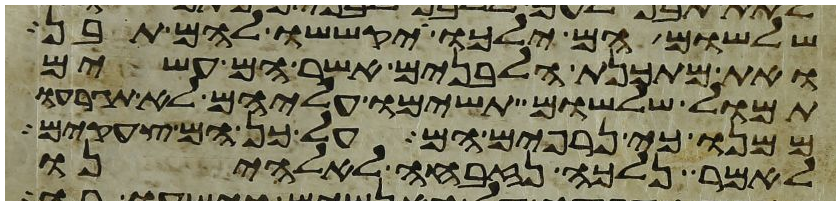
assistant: שלשום הם ילכו יקששו להם תבן
ואת מתכנת הלבנים אשר הם עשים
תמול שלשום תשימו עליהם לא תגרעו
ממנו כי נרפים הם על כן הם צעקים
לאמר נלכה נזבחה לאלהינו